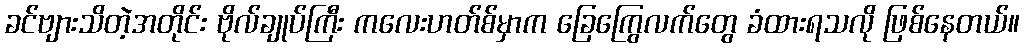
ခင်ဗျားသိတဲ့အတိုင်း ဗိုလ်ချုပ်ကြီး ကလေးဟတ်စ်မှာက ခြေကြွေလက်တွေ ခံထားရသလို ဖြစ်နေတယ်။